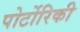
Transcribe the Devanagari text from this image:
पोर्टोरिकी